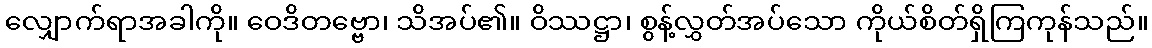
လျှောက်ရာအခါကို။ ဝေဒိတဗ္ဗော၊ သိအပ်၏။ ဝိဿဋ္ဌာ၊ စွန့်လွှတ်အပ်သော ကိုယ်စိတ်ရှိကြကုန်သည်။